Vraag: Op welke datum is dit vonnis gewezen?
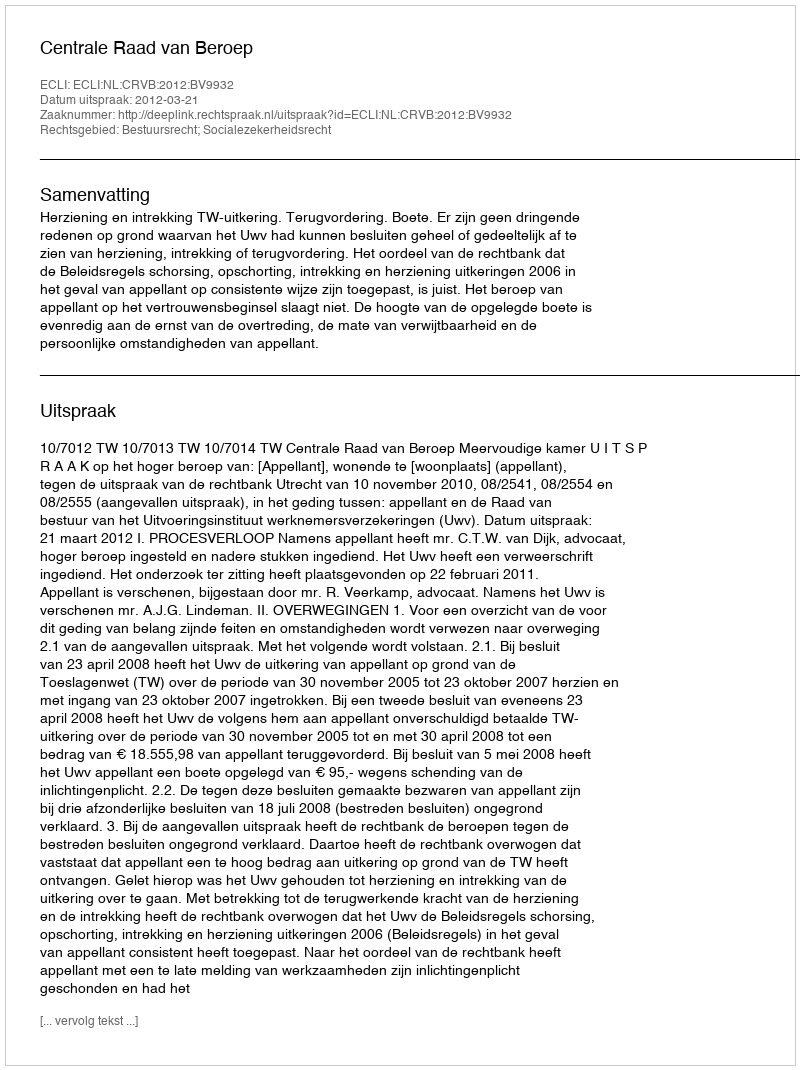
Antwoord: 2012-03-21